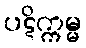
ပဋိက္ကမ္မ